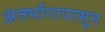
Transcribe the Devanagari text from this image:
अंतर्भागापासून